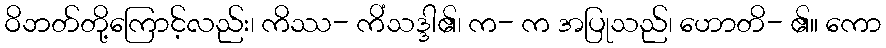
ဝိဘတ်တို့ကြောင့်လည်း၊ ကိဿ- ကိံသဒ္ဒါ၏၊ က- က အပြုသည်၊ ဟောတိ- ၏။ ကော